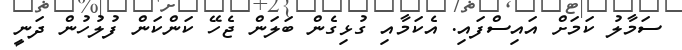
ސަމާލު ކަމަށް އަައިސްފައި. އެކަމާއި ގުޅިގެން ބަލަން ޖެހޭ ކަންކަން ފުލުހުން ދަނީ